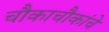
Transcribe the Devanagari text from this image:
चौकाचौकांचे